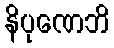
နိပုဏေဘိ